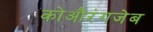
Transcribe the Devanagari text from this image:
कोऔरंगजेब